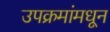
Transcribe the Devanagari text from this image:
उपक्रमांमधून